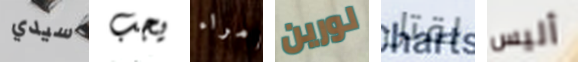
سيدي يجب أمراء لورين لقتل أليس